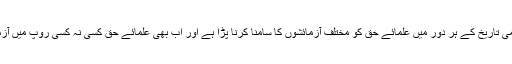
شاہ ملت نے فرمایا کہ اسلامی تاریخ کے ہر دور میں علمائے حق کو مختلف آزمائشوں کا سامنا کرنا پڑا ہے اور اب بھی علمائے حق کسی نہ کسی روپ میں آزمائش سے دوچار رہتے ہیں۔